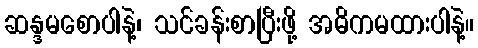
ဆန္ဒမစောပါနဲ့၊ သင်ခန်းစာပြီးဖို့ အဓိကမထားပါနဲ့။